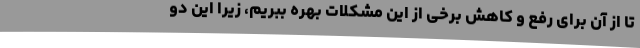
تا از آن برای رفع و کاهش برخی از این مشکلات بهره ببریم، زیرا این دو